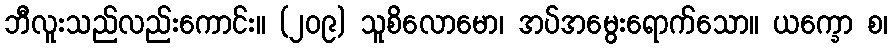
ဘီလူးသည်လည်းကောင်း။ (၂၀၉) သူစိလောမော၊ အပ်အမွေးရောက်သော။ ယက္ခော စ၊